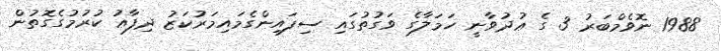
1988 ނޮވެމްބަރު 3 ގެ ޢުދުވާނީ ހަމަލާގެ ވަގުތުގައި ސިފައިންގެމައިމަރުކަޒު ދިފާޢު ކުރުމުގެގޮތުން